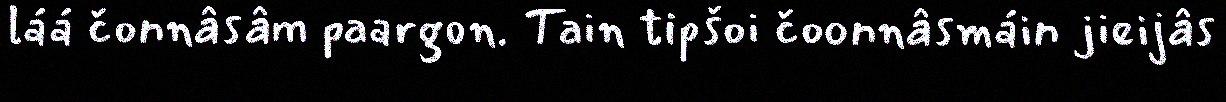
láá čonnâsâm paargon. Tain tipšoi čoonnâsmáin jieijâs